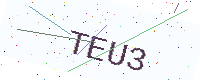
Text: TEU3